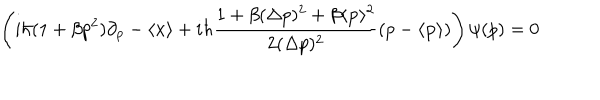
\left( i \hbar ( 1 + \beta p ^ { 2 } ) \partial _ { p } - \langle { \bf { x } } \rangle + i \hbar \frac { 1 + \beta ( \Delta p ) ^ { 2 } + \beta \langle { \bf { p } } \rangle ^ { 2 } } { 2 ( \Delta p ) ^ { 2 } } ( p - \langle { \bf { p } } \rangle ) \right) \psi ( p ) = 0